Civil Veterinary Department Bihar & Orissa reports 1929-36 - 1929-1936
Year: 1929
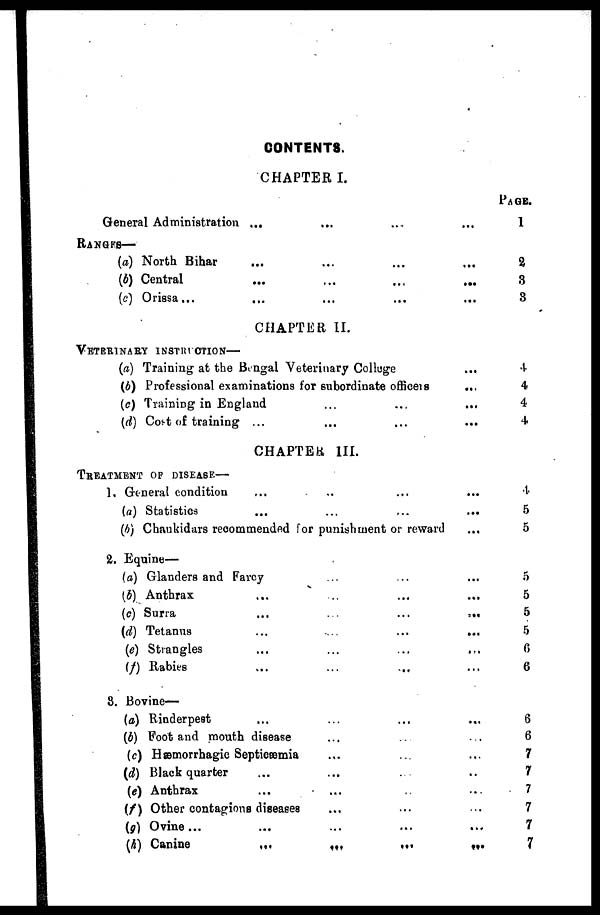
CONTENTS.
CHAPTER I.
General Administration ... ... ... ...
RANGES—
(a) North Bihar ... ... ... ...
(b) Central ... ... ... ...
(c) Orissa... ... ... ... ...
CHAPTER 11.
VETERINARY INSTRUCTION —
(a) Training at the Bengal Veterinary College ...
(b) Professional examinations for subordinate officers
...
(c) Training in England ... ... ...
(d) Cost of training ... ... ... ...
CHAPTER
III.
TRETMENT OF DISEASE—
1. General condition ... ... ... ...
(a) Statistics ... ... ... ...
(b) Chaukidars recommended for punishment or reward ...
2. Equine—
(a) Glanders and Farcy ... ... ...
(b) Anthrax ... ... ... ...
(c) Surra
...
...
...
...
(d) Tetanus
...
...
...
...
(e) Strangles ... ... ... ...
(f) Rabies ... ... ... ...
3. Bovine—
(a) Rinderpest ... ... ... ...
(b) Foot and mouth disease ... ... ...
(c) Hemorrhagic Septicæmia ... ... ...
(d) Black quarter... ... ... ... ...
(e) Anthrax ... ... ... ...
(f) Other contagious diseases ... ... ...
(g) Ovine... ... ... ...
(h) Canine
...
...
...
...
PAGE.
1
2
3
3
4
4
4
4
4
5
5
5
5
5
5
6
6
6
6
7
7
7
7
7
7